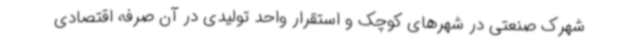
شهرک صنعتی در شهرهای کوچک و استقرار واحد تولیدی در آن صرفه اقتصادی